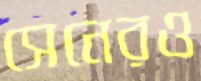
সেনেরও